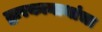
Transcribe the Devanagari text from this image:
द्वारकानाथांचा